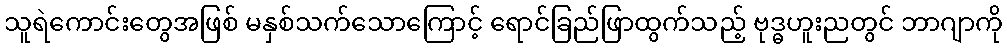
သူရဲကောင်းတွေအဖြစ် မနှစ်သက်သောကြောင့် ရောင်ခြည်ဖြာထွက်သည့် ဗုဒ္ဓဟူးညတွင် ဘာဂျာကို